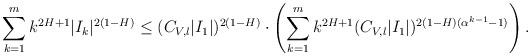
LaTeX: \begin{align*}\sum_{k=1}^{m}k^{2H+1}|I_{k}|^{2(1-H)}\leq(C_{V,l}|I_{1}|)^{2(1-H)}\cdot\left(\sum_{k=1}^{m}k^{2H+1}(C_{V,l}|I_{1}|)^{2(1-H)(\alpha^{k-1}-1)}\right).\end{align*}